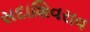
સદાશિવરાવ